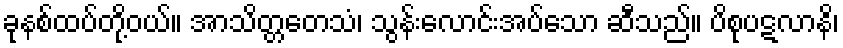
ခုနစ်ထပ်တို့ဝယ်။ အာသိတ္တတေသံ၊ သွန်းလောင်းအပ်သော ဆီသည်။ ပိစုပဋလာနိ၊